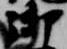
御